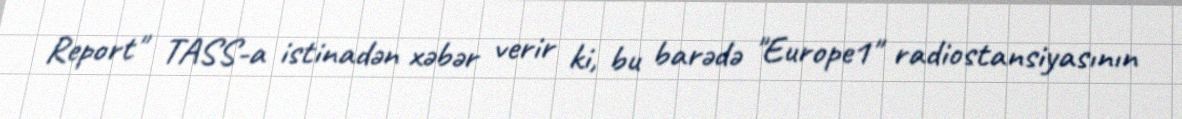
Report" TASS-a istinadən xəbər verir ki, bu barədə "Europe1" radiostansiyasının